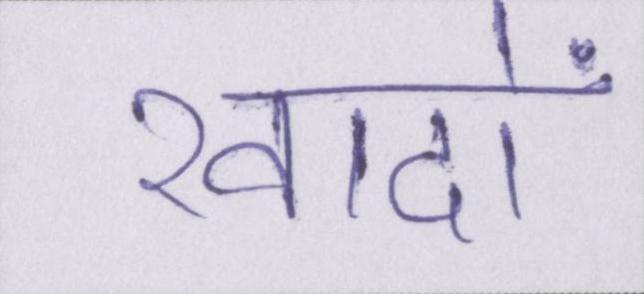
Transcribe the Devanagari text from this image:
खादों